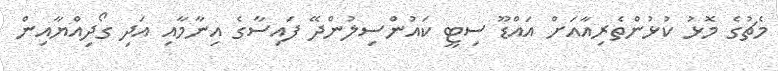
މެޗުގެ މޮޅު ކުޅުންތެރިއާއަށް އައްޑޫ ސިޓީ ކައުންސިލުންދޭ ފައިސާގެ އިނާމާއި އަދި ގޯދިއްޔާއިން